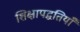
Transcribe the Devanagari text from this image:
शिक्षापद्धतियाँ